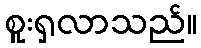
စူးရှလာသည်။